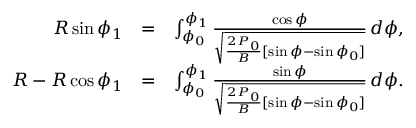
\begin{array} { r l r } { R \sin \phi _ { 1 } } & { = } & { \int _ { \phi _ { 0 } } ^ { \phi _ { 1 } } \frac { \cos \phi } { \sqrt { \frac { 2 P _ { 0 } } { B } [ \sin \phi - \sin \phi _ { 0 } ] } } \, d \phi , } \\ { R - R \cos \phi _ { 1 } } & { = } & { \int _ { \phi _ { 0 } } ^ { \phi _ { 1 } } \frac { \sin \phi } { \sqrt { \frac { 2 P _ { 0 } } { B } [ \sin \phi - \sin \phi _ { 0 } ] } } \, d \phi . } \end{array}